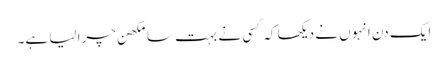
ایک دن انہوں نے دیکھا کہ کسی نے بہت سا مکھن چرا لیا ہے۔